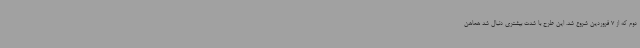
دوم که از 7 فروردین شروع شد. این طرح با شدت بیشتری دنبال شد هماهن